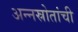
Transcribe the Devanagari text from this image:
अन्नस्रोतांची